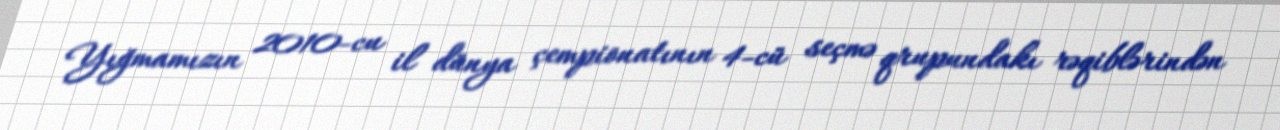
Yığmamızın 2010-cu il dünya çempionatının 4-cü seçmə qrupundakı rəqiblərindən